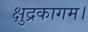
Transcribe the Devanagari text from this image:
क्षुद्रकागम।